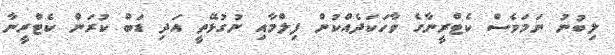
ލިބުނު ނަަމަވެސް ކެޓްރީނާގެ ވާހަކަދެއްކުން ފިލްމާއި ނުގުޅޭތީ އަދި ޑަބް ކުރަން ކެޓްރީނާ